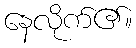
နေလိုက်၏။